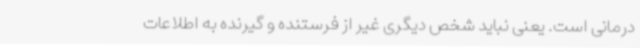
درمانی است. یعنی نباید شخص دیگری غیر از فرستنده و گیرنده به اطلاعات